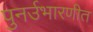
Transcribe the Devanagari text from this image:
पुनर्उभारणीत